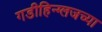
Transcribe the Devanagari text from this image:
गडीहिन्ग्लजच्या